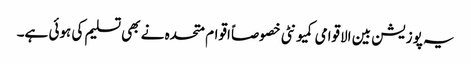
یہ پوزیشن بین الاقوامی کمیونٹی خصوصاً اقوام متحدہ نے بھی تسلیم کی ہوئی ہے۔